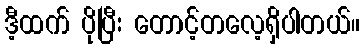
ဒီ့ထက် ပိုပြီး တောင့်တလေ့ရှိပါတယ်။